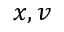
x , v